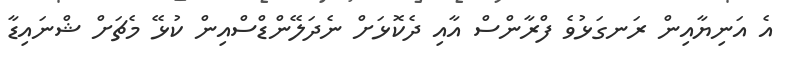
އެ އަނިޔާއިން ރަނގަޅުވެ ފްރާންސް އާއި ދެކޮޅަށް ނެދަލޭންޑްސްއިން ކުޅޭ މެޗަށް ޝްނައިޑާ